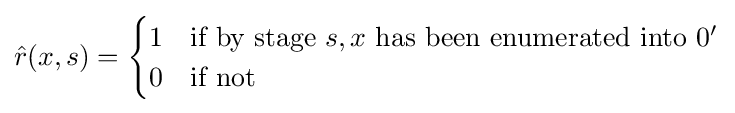
\displaystyle {\hat {r}}(x,s)={\begin{cases}1&{\text{if by stage }}s,x{\text{ has been enumerated into }}0'\\0&{\text{if not}}\end{cases}}